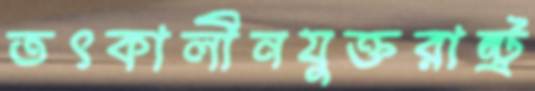
তৎকালীনযুক্তরাষ্ট্র